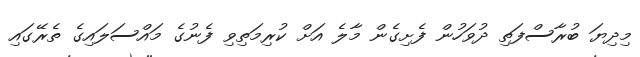
މިދިޔަ ބުރާސްފަތި ދުވަހުން ފެށިގެން މާލެ އަށް ކުރިމަތިވި ފެނުގެ މައްސަލައިގެ ތެރޭގައި